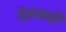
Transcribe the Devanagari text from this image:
देवखडी